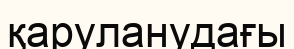
қаруланудағы